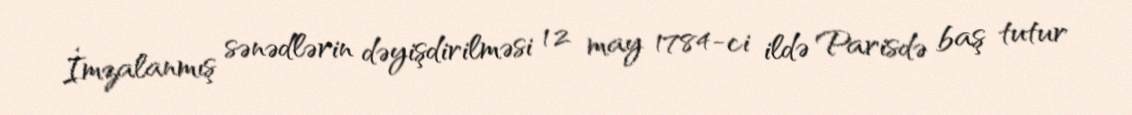
İmzalanmış sənədlərin dəyişdirilməsi 12 may 1784-ci ildə Parisdə baş tutur